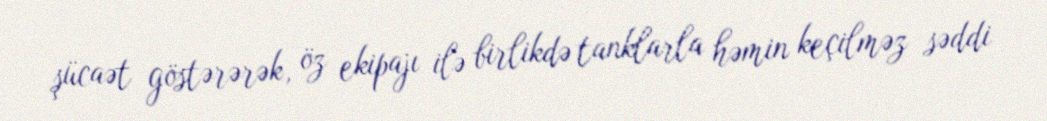
şücaət göstərərək, öz ekipajı ilə birlikdə tanklarla həmin keçilməz səddi